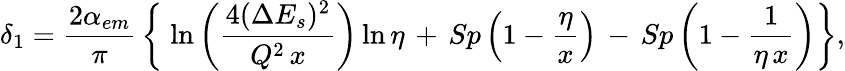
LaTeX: \delta_{1}={\frac{2\alpha_{em}}{\pi}}\left\{ \; \ln\left({\frac{4(\Delta E_{s})^{2}}{Q^{2}\, x}}\right)\ln\eta\, +\, Sp\left(1-{\frac{\eta}{x}}\right)\, -\, Sp\left(1-{\frac{1}{\eta\, x}}\right)\right\} ,